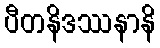
ပီတနိဒဿနာနိ